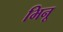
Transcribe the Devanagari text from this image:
भिनू